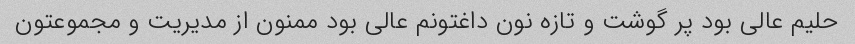
حلیم عالی بود پر گوشت و تازه نون داغتونم عالی بود ممنون از مدیریت و مجموعتون